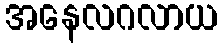
အနေလဂလာယ